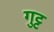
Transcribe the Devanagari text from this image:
गुट्ट